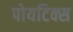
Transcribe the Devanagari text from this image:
पोयटिक्स